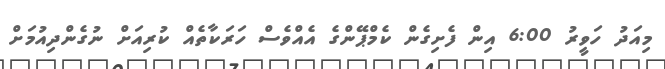
މިއަދު ހަވީރު 6:00 އިން ފެށިގެން ކެމްޕޭންގެ އެއްވެސް ހަރަކާތެއް ކުރިއަށް ނުގެންދިއުމަށް